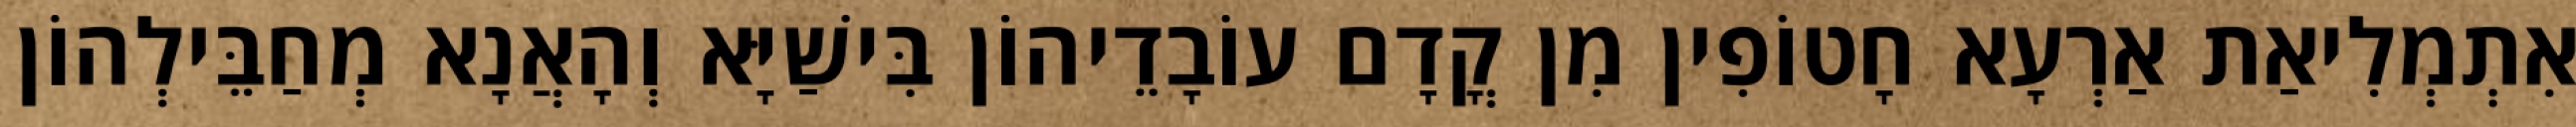
אִתְמְלִיאַת אַרְעָא חָטוֹפִין מִן קֳדָם עוֹבָדֵיהוֹן בִּישַׁיָּא וְהָאֲנָא מְחַבֵּילְהוֹן